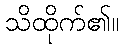
သိထိုက်၏။